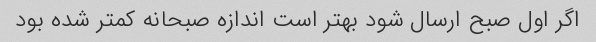
اگر اول صبح ارسال شود بهتر است اندازه صبحانه کمتر شده بود